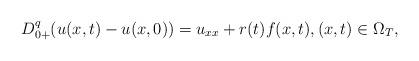
LaTeX: \begin{align*}D_{0+}^{q}(u(x,t)-u(x,0))=u_{xx}+r(t)f(x,t),(x,t)\in \Omega_{T}, \end{align*}